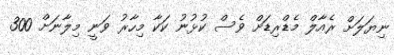
ނިޔަލަށް ރެއާލް މެޑްރިޑަށް ވެސް ކުޅުނު ކަކާ މިހާރު ވަނީ މިލާނަށް 300